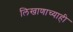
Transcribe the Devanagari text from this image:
लिखाणाच्याही